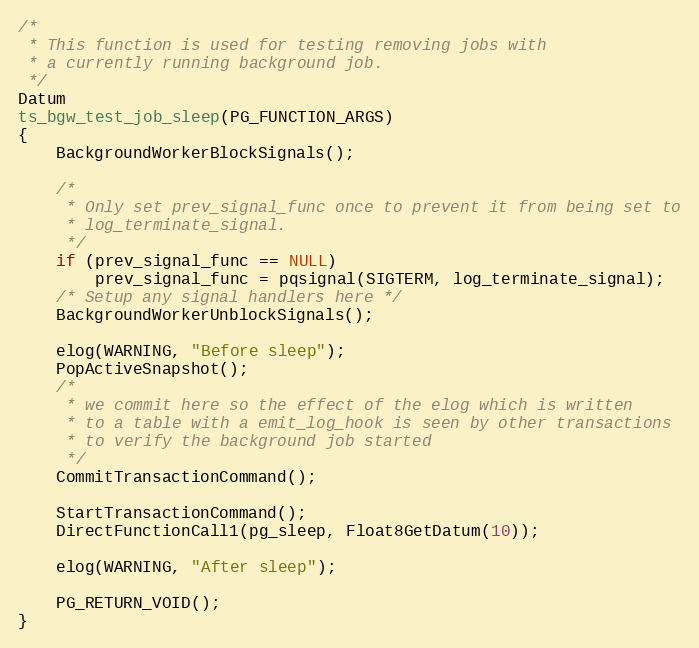
Language: C
/*
 * This function is used for testing removing jobs with
 * a currently running background job.
 */
Datum
ts_bgw_test_job_sleep(PG_FUNCTION_ARGS)
{
	BackgroundWorkerBlockSignals();

	/*
	 * Only set prev_signal_func once to prevent it from being set to
	 * log_terminate_signal.
	 */
	if (prev_signal_func == NULL)
		prev_signal_func = pqsignal(SIGTERM, log_terminate_signal);
	/* Setup any signal handlers here */
	BackgroundWorkerUnblockSignals();

	elog(WARNING, "Before sleep");
	PopActiveSnapshot();
	/*
	 * we commit here so the effect of the elog which is written
	 * to a table with a emit_log_hook is seen by other transactions
	 * to verify the background job started
	 */
	CommitTransactionCommand();

	StartTransactionCommand();
	DirectFunctionCall1(pg_sleep, Float8GetDatum(10));

	elog(WARNING, "After sleep");

	PG_RETURN_VOID();
}